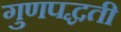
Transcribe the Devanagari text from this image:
गुणपद्धती